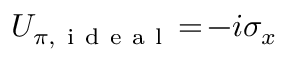
U _ { \pi , \mathrm { ~ i ~ d ~ e ~ a ~ l ~ } } \! = \! - i \sigma _ { x }